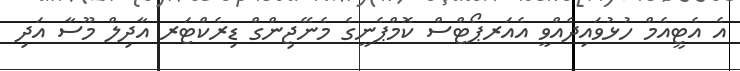
އެ އެޓީއެމް ހުޅުވައިދެއްވީ އެއަރޕޯޓްސް ކޮމްޕެނީގެ މެނޭޖިންގް ޑިރެކްޓަރ އާދިލް މޫސާ އަދި